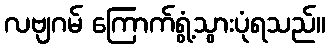
လဗျဂမ် ကြောက်ရွံ့သွားပုံရသည်။